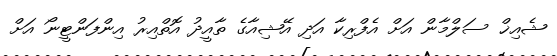
ޝެއިޚް ސަލްމާން އަށް އެފްރިކާ އަދި އޭޝިއާގެ ތާއީދު އޮތްއިރު އިންފަންޓީނޯ އަށް